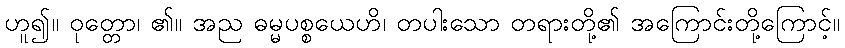
ဟူ၍။ ဝုတ္တော၊ ၏။ အည ဓမ္မပစ္စယေဟိ၊ တပါးသော တရားတို့၏ အကြောင်းတို့ကြောင့်။